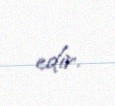
edir.